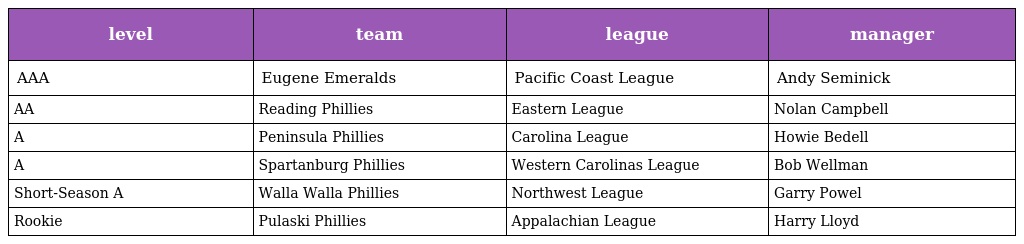
| level | team | league | manager |
 | --- | --- | --- | --- |
 | AAA | Eugene Emeralds | Pacific Coast League | Andy Seminick |
 | AA | Reading Phillies | Eastern League | Nolan Campbell |
 | A | Peninsula Phillies | Carolina League | Howie Bedell |
 | A | Spartanburg Phillies | Western Carolinas League | Bob Wellman |
 | Short-Season A | Walla Walla Phillies | Northwest League | Garry Powel |
 | Rookie | Pulaski Phillies | Appalachian League | Harry Lloyd |